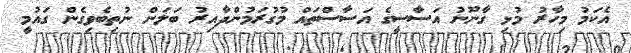
އެކަމު މިހާރު މުޅި ގާނޫނު އަސާސީގެ އަސާސްތައް މުގުރަމުންދާއިރު ބަލަން ނުތިބެވިގެން ގައުމީ